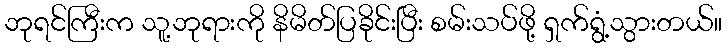
ဘုရင်ကြီးက သူ့ဘုရားကို နိမိတ်ပြခိုင်းပြီး စမ်းသပ်ဖို့ ရှက်ရွံ့သွားတယ်။